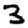
Digit: 3